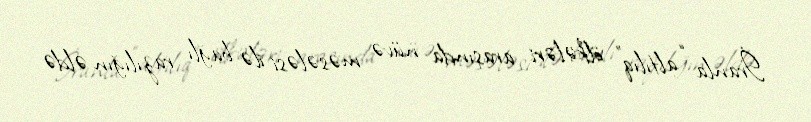
İranla “altılıq” ölkələri arasında nüvə məsələsi ilə bağlı razılığın əldə